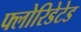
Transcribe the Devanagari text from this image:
फ्लोरिडेटेड